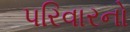
પરિવારનો